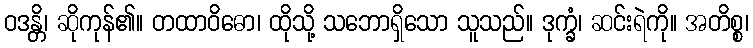
ဝဒန္တိ၊ ဆိုကုန်၏။ တထာဝိဓော၊ ထိုသို့ သဘောရှိသော သူသည်။ ဒုက္ခံ၊ ဆင်းရဲကို။ အတိစ္စ၊